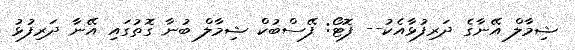
ޝިމާލް އޭނާގެ ދަރިފުޅާއެކު-- ފޮޓޯ: ފޭސްބުކް ޝިމާލް ބުނާ ގޮތުގައި އޭނާ ދަރިފުޅު